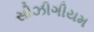
સીઝીગીયમ